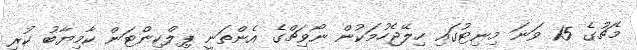
މެޗުގެ 15 ވަނަ މިނިޓުގައި ހިލޭޖެހުމަކުން ނޯވިޗްގެ އެންތަނީ ޕިލްކިންޓަން ކާމިޔާބު ކުރި